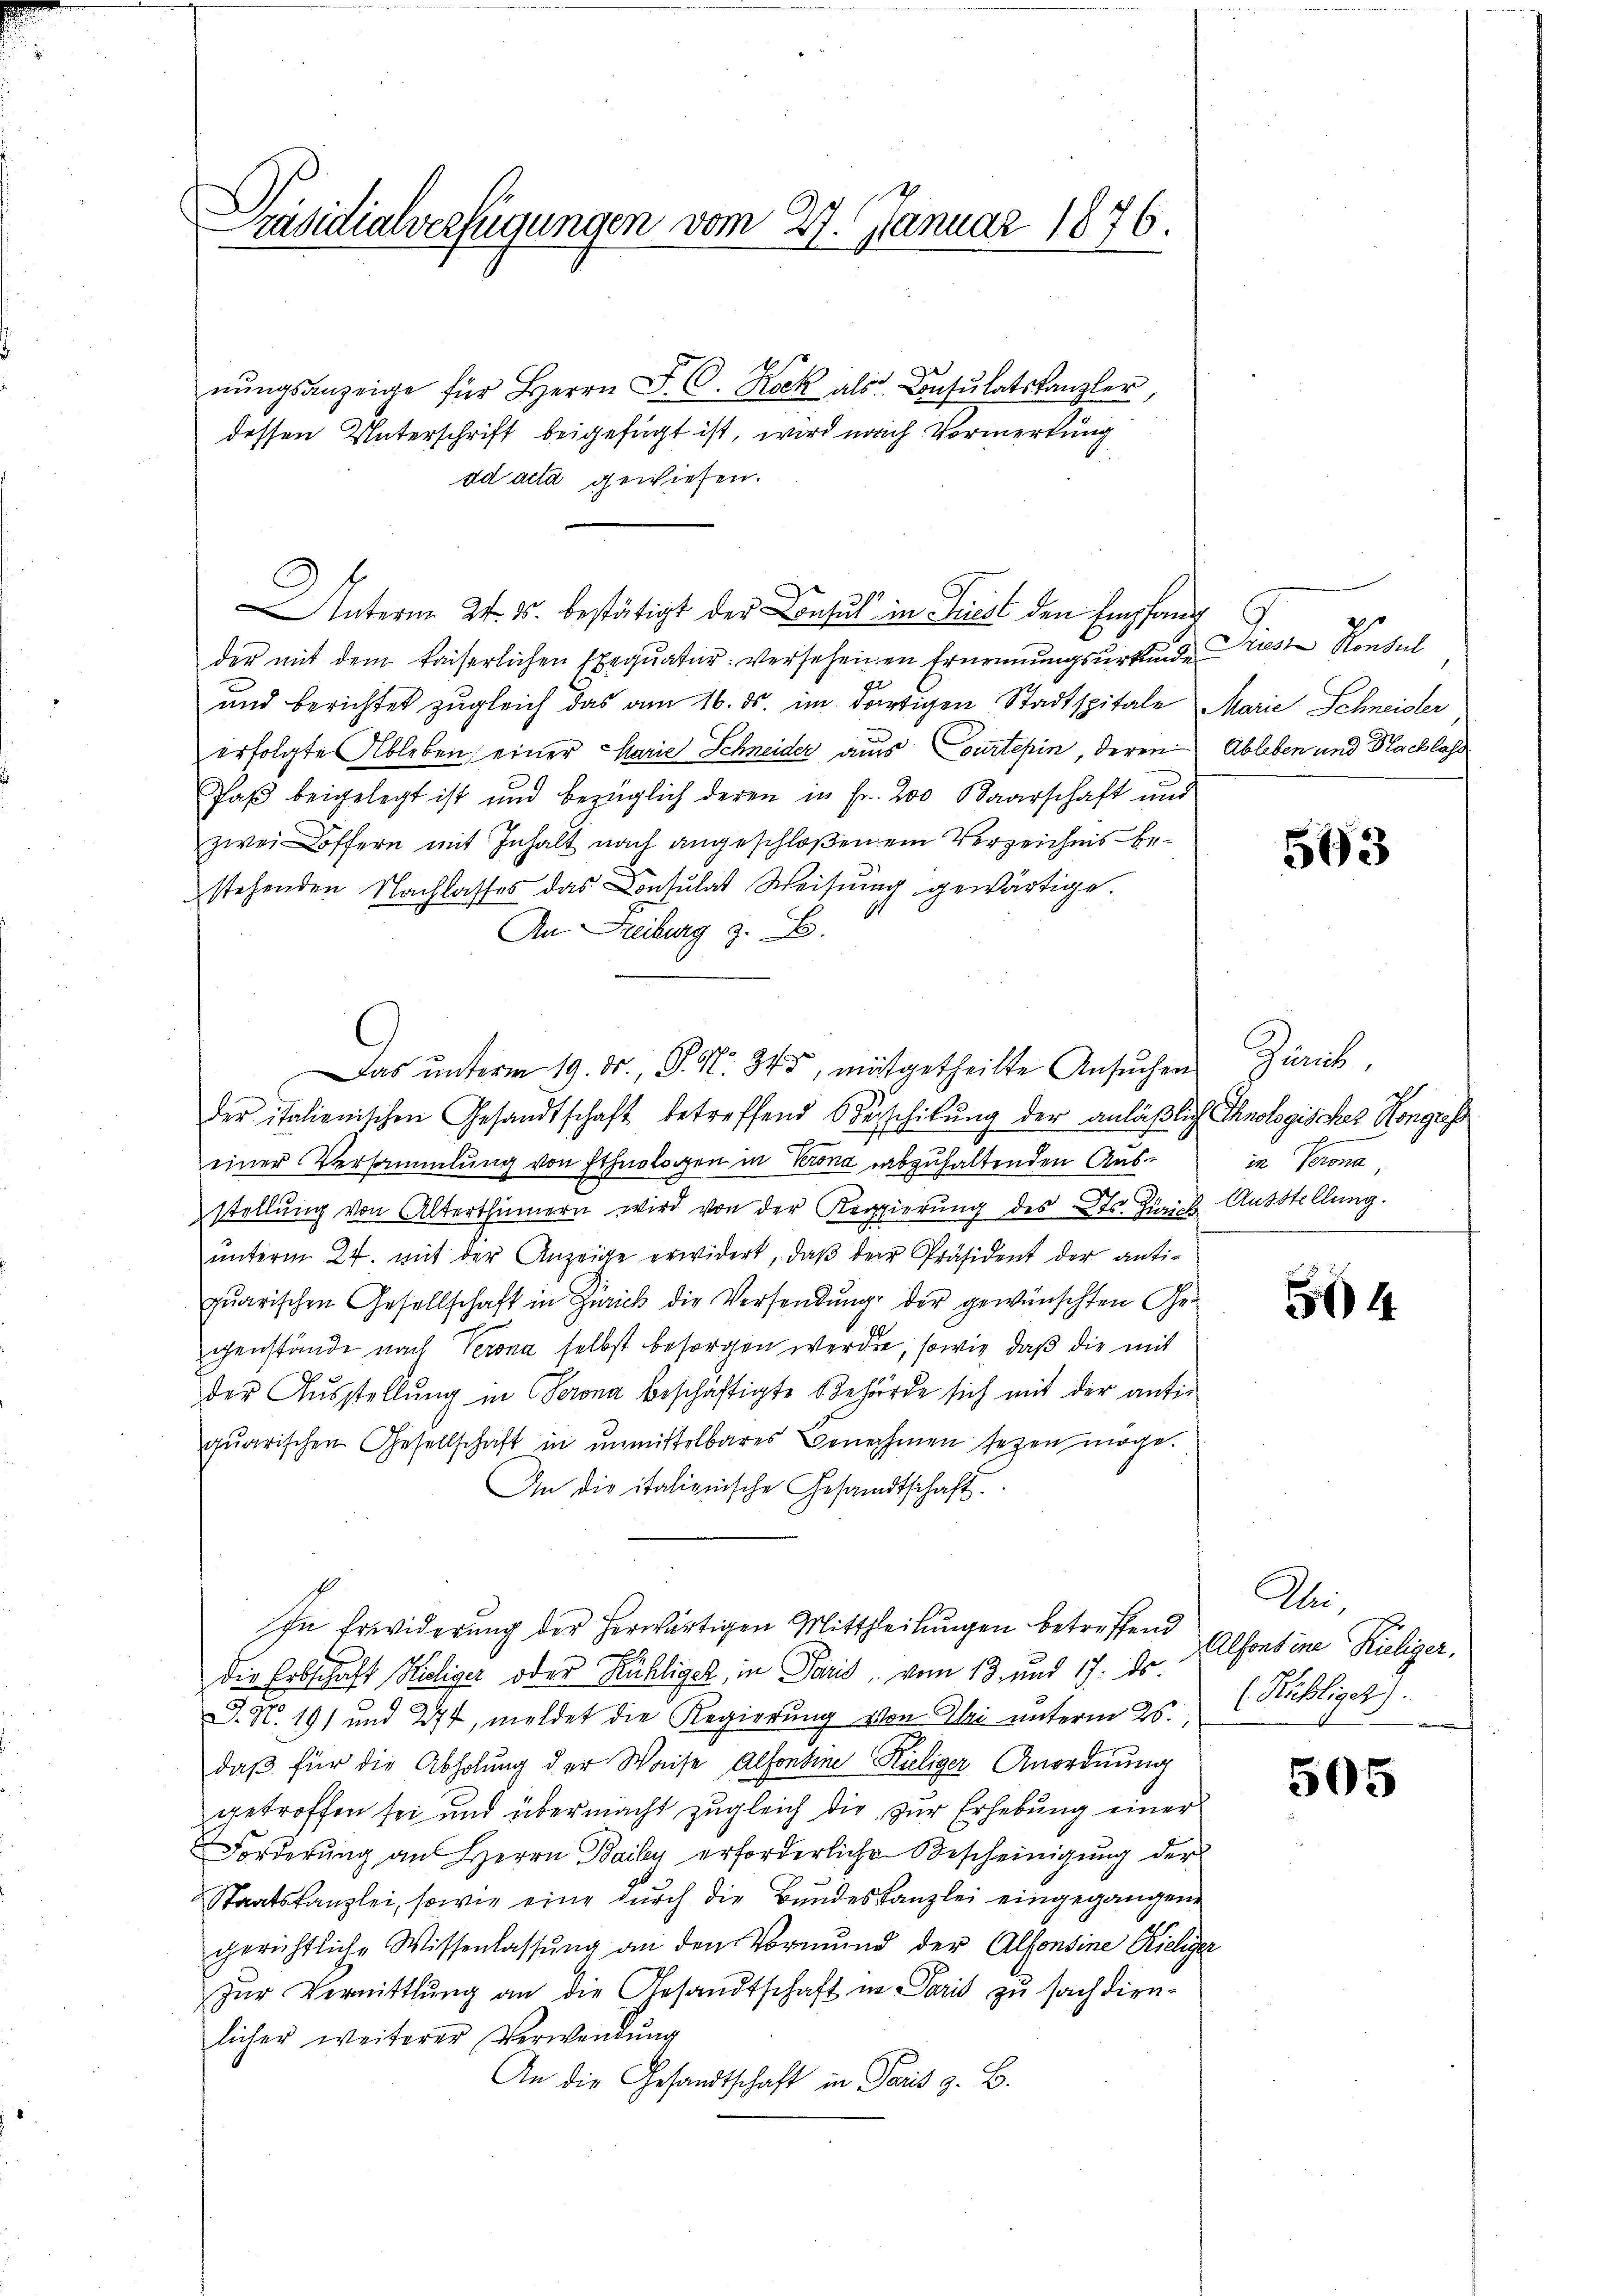
.
räsidialverfügungen vom 27. Januar 1876.

nŭngsanzeige für Herrn F. C. Rock als Consulatskanzler,
dessen Unterschrift beigefügt ist, wird nach Vormerkung
ad acta gewiesen.
Unterm 24. ds. bestätigt der Consul in Friest den Empfand
der mit dem kaiserlichen Exequatur versehenen Ernennungsurkunde
und berichtet zugleich das am 16. ds. im dortigen Stadtspitale Marie Schneider
erfolgte Ableben, einer Marie Schneider aus Courtepin, deren Ableben und Nachlass
Paβ beigelegt ist und bezüglich deren in fr. 200 Baarschaft und
zwei offern mit Inhalt nach angeschloßen ein Verzeichnis bestehenden Nachlasses das Consulat Weisung gewärtige.
An Freiburg z. B.
Das unterm 19. ds., S. Nr. 345, mitgetheilte Ansŭchen Zürich,
der italienischen Gesandtschaft betreffend Oberschilung der anläßlich Ihnologisches Kongress

einer Versammlung von Ethnologen in Krona abzuhaltenden Ausstellŭng von Alterthümern wird von der Regierŭng des Kts. Zürich Ausstellung.
ŭnterm 27. mit der Anzeige erwidert, daβ der Präsident der anti-
quarischen Gesellschaft in Zürich die Versendung der gewünschten Ge-
genstände nach Verona selbst besorgen werden, sowie, daß die mit
der Ausstellung in Serona beschäftigte Behörde sich mit der anti-
quarischen Gesellschaft in unmittelbares Benehmen seyen möge.
An die italienische Gesandtschaft.
In Erwiderung der herwärtigen Mittheilungen betreffend
die Erbschaft Hiliger oder Kühliget, in Paris vom 13. und 17. ds.
J. N. 191 und 277, meldet die Regierung von Ihri unterm 25.
daß für die Abholung der Waise Alfontine Kieliger Anordnung
getroffen sei und übermacht zugleich die zur Erhebung einer
Forderung an Herrn Baily erforderlichen Bescheinigung der
Staatskanzlei, sowie eine durch die Bundeskanzlei eingegangene
gerichtliche Wissenlassung an den Vormund der Alfonsine Richiger
zŭr Vermittlung an die Gesandtschaft in Paris zu sach dien-
licher weiterer Verwendŭng
An die Gesandtschaft in Paris z. B.

ieren Kinderl

513

in Perona

54

Die¬
Alfontine Kiliger,
(Rübligat).

505